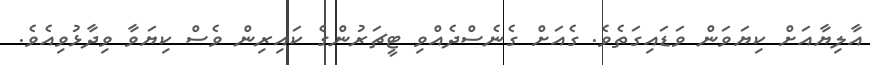
އާލިޔާއަށް ކިޔަވަން ވަޑައިގަތެވެ. ގެއަށް ގެނެސްދެއްވި ޓީޗަރުންގެ ކައިރިން ވެސް ކިޔަވާ ވިދާޅުވިއެވެ.